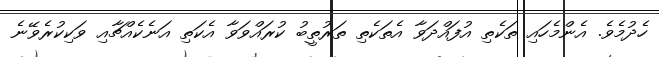
ހެދުމެވެ. އެންމެހައި ތަކެތި އުފައްދަވާ އެތަކެތި ތަރުތީބު ކުރައްވަވާ އެކަތި އަނެކެއްޗާއި ވަކިކުރެވޭނެ